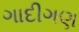
ગાદીગણ